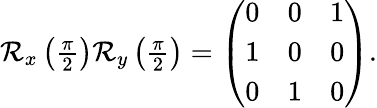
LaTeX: \begin{array}{r}{\mathcal{R}_{x}\left(\frac{\pi}{2}\right)\mathcal{R}_{y}\left(\frac{\pi}{2}\right)=\left(\begin{array}{ccc}{0}&{0}&{1}\\ {1}&{0}&{0}\\ {0}&{1}&{0}\end{array}\right).}\end{array}